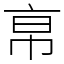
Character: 𢂚